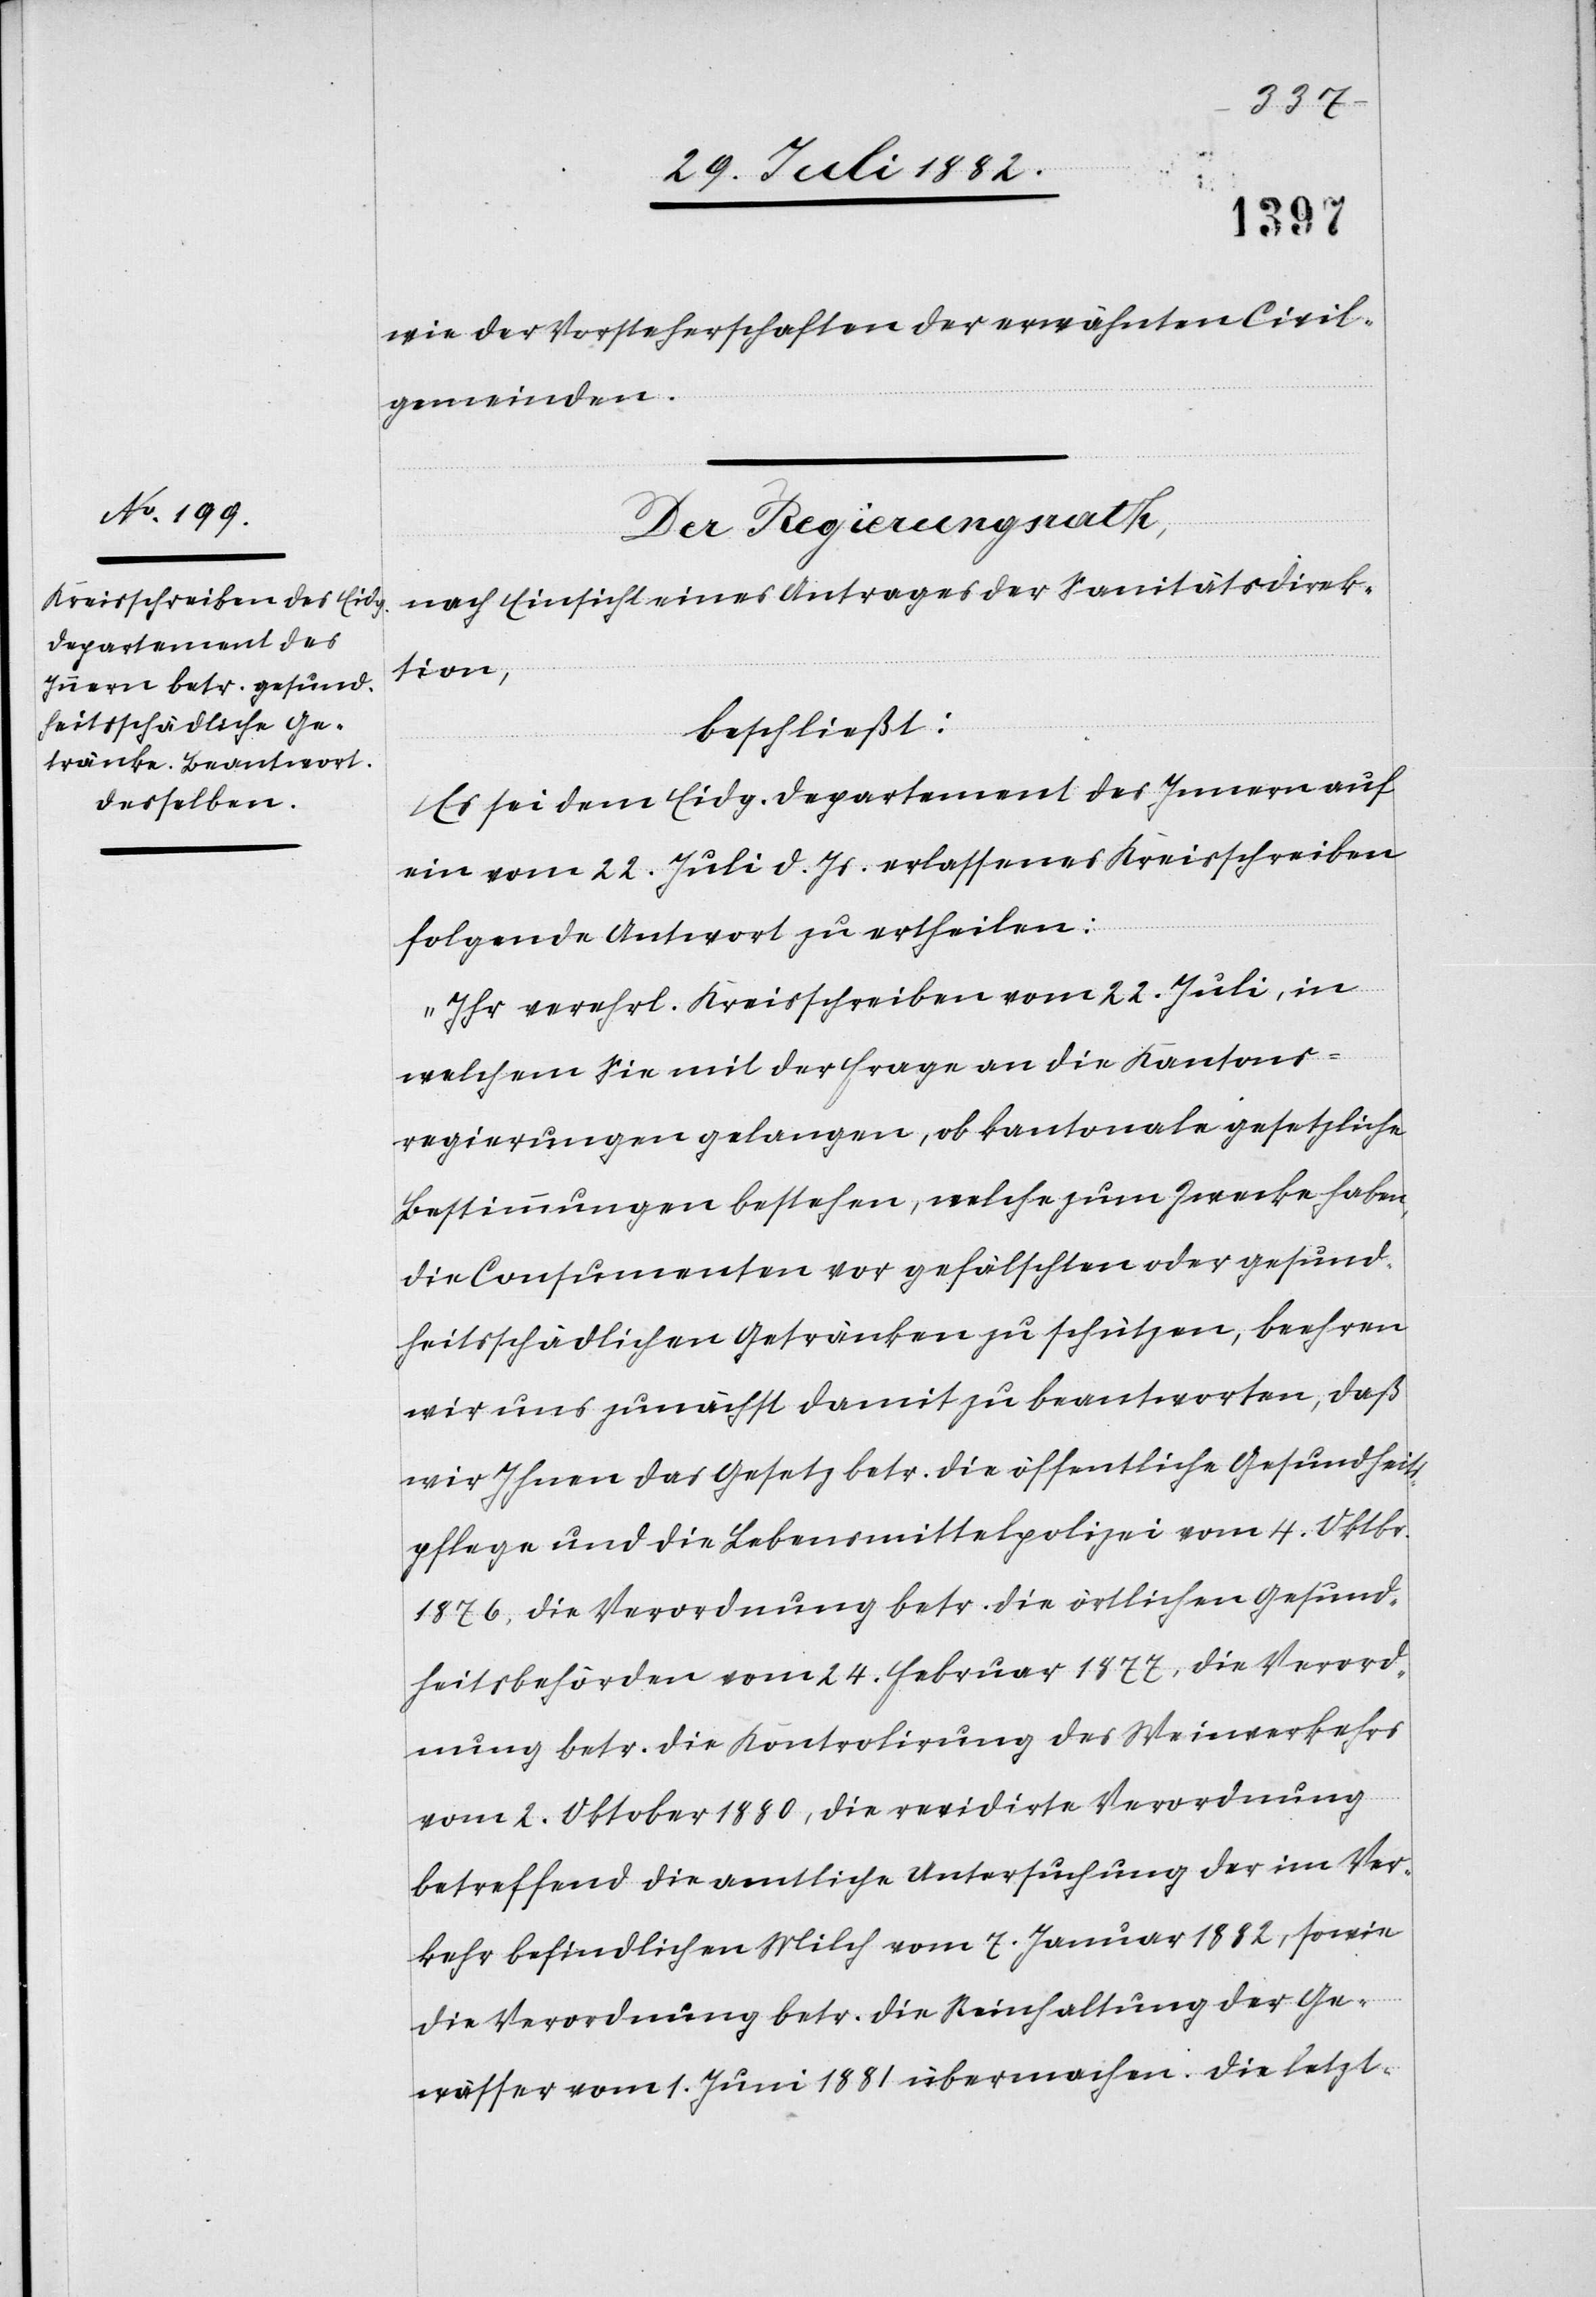
wie der Vorsteherschaften der erwähnten Civil¬
gemeinden.
Der Regierungsrath,
nach Einsicht eines Antrages der Sanitätsdirek¬
tion,
beschließt:
Es sei dem Eidg. Departement des Innern auf
ein vom 22. Juli d. Js. erlassenes Kreisschreiben
folgende Antwort zu ertheilen:
„Ihr verehrl. Kreisschreiben vom 22. Juli, in
welchem Sie mit der Frage an die Kantons¬
regierungen gelangen, ob kantonale gesetzliche
Bestimmungen bestehen, welche zum Zwecke haben,
die Consumenten vor gefälschten oder gesund¬
heitsschädlichen Getränken zu schützen, beehren
wir uns zunächst damit zu beantworten, daß
wir Ihnen das Gesetz betr. die öffentliche Gesundheits¬
pflege und die Lebensmittelpolizei vom 4. Oktbr.
1876, die Verordnung betr. die örtlichen Gesund¬
heitsbehörden vom 24. Februar 1877, die Verord¬
nung betr. die Kontrolirung des Weinverkehrs
vom 2. Oktober 1880, die revidirte Verordnung
betreffend die amtliche Untersuchung der im Ver¬
kehr befindlichen Milch vom 7. Januar 1882, sowie
die Verordnung betr. die Reinhaltung der Ge¬
wässer vom 1. Juni 1881 übermachen. Die letzt-